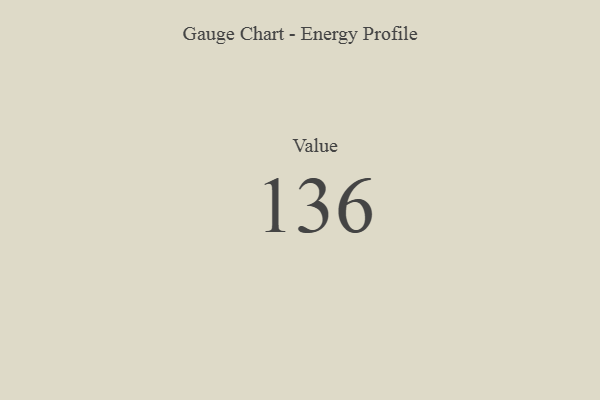
{"axis": {"x": "Metric", "y": "Value"}, "legend": [""], "data": [{"x": "Value", "y": 136, "type": ""}]}